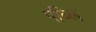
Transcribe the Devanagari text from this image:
पब्लि